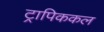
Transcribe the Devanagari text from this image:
ट्रापिककल